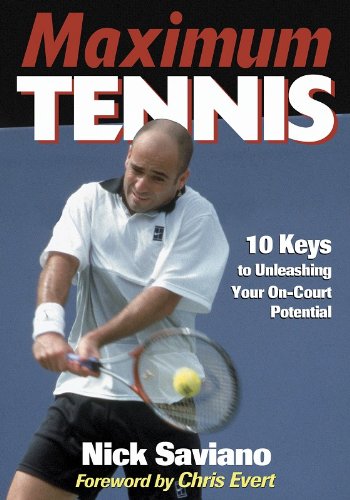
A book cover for Maximum Tennis:10 Keys to Unleashing Your On-Court Potential; Nick Saviano; Sports & Outdoors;